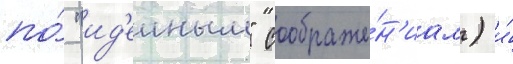
по́ "ид'еиным" соображе́н'иам) и́